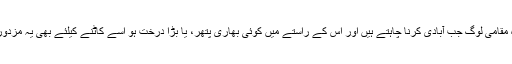
اس کے علاوہ مقامی لوگ جب آبادی کرنا چاہتے ہیں اور اس کے راستے میں کوئی بھاری پتھر، یا بڑا درخت ہو اسے کاٹنے کیلئے بھی یہ مزدور کام آتے ہیں۔